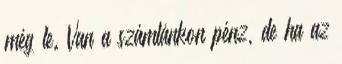
még le. Van a számlánkon pénz, de ha az